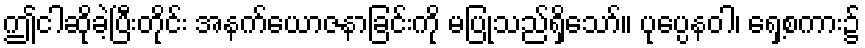
ဤငါဆိုခဲ့ပြီးတိုင်း အနက်ယောဇနာခြင်းကို မပြုသည်ရှိသော်။ ပုပ္ပေနဝါ၊ ရှေ့စကား၌